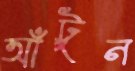
আঁটুন